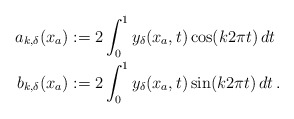
\begin{align*}\begin{aligned}a_{k, \delta}(x_a) &:= 2 \int_{0}^{1} y_\delta(x_a,t)\cos(k 2\pi t)\,dt\\b_{k,\delta}(x_a) &:= 2 \int_{0}^{1} y_\delta(x_a,t)\sin(k 2\pi t)\,dt\,.\end{aligned}\end{align*}